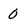
Character: 0